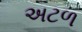
અટળ